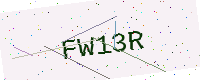
Text: FW13R